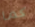
كما